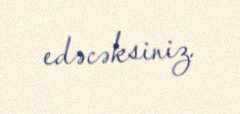
edəcəksiniz.